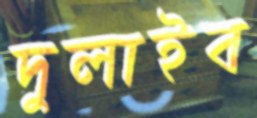
দুলাইব